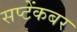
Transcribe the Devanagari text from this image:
सप्टेंकबर